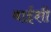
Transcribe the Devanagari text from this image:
बाईशी